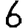
Digit: 6